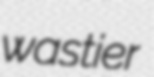
wastier